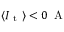
\langle I _ { \mathrm { ~ t ~ } } \rangle < 0 \, \mathrm { ~ A ~ }